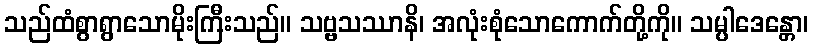
သည်ထံစွာရွာသောမိုးကြီးသည်။ သဗ္ဗသဿာနိ၊ အလုံးစုံသောကောက်တို့ကို။ သမ္ပါဒေန္တော၊